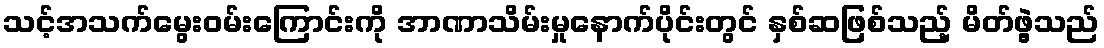
သင့်အသက်မွေးဝမ်းကြောင်းကို အာဏာသိမ်းမှုနောက်ပိုင်းတွင် နှစ်ဆဖြစ်သည့် မိတ်ဖွဲ့သည်